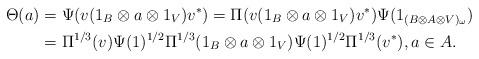
LaTeX: \begin{align*}\Theta(a)&=\Psi(v(1_B\otimes a\otimes 1_V)v^*)=\Pi(v(1_B\otimes a\otimes 1_V)v^*)\Psi(1_{(B\otimes A\otimes V)_\omega})\\&=\Pi^{1/3}(v)\Psi(1)^{1/2}\Pi^{1/3}(1_B\otimes a\otimes 1_V)\Psi(1)^{1/2}\Pi^{1/3}(v^*),a\in A.\end{align*}